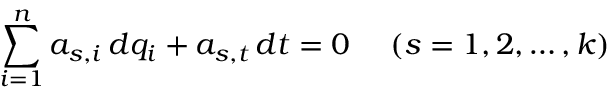
\sum _ { i = 1 } ^ { n } a _ { s , i } \, d q _ { i } + a _ { s , t } \, d t = 0 ~ ~ ~ ~ ( s = 1 , 2 , \ldots , k )